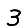
Digit: 3